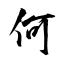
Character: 何